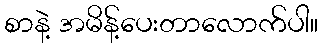
စာနဲ့ အမိန့်ပေးတာလောက်ပါ။